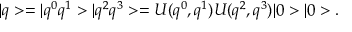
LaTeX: | q > = | q ^ { 0 } q ^ { 1 } > | q ^ { 2 } q ^ { 3 } > = U ( q ^ { 0 } , q ^ { 1 } ) U ( q ^ { 2 } , q ^ { 3 } ) | 0 > | 0 > .